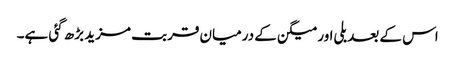
اس کے بعد بلی اور میگن کے درمیان قربت مزید بڑھ گئی ہے۔